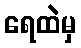
ရေထဲမှ